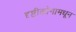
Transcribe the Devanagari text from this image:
दृष्टीकोनामधून